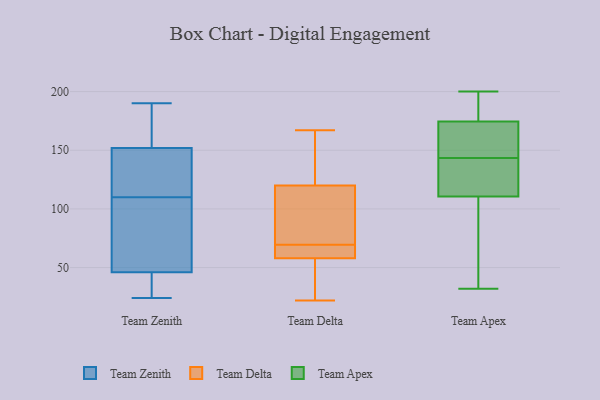
{"axis": {"x": "Net Income (USD K)", "y": "Value"}, "legend": ["Team Apex", "Team Delta", "Team Zenith"], "data": [{"x": "", "y": 26, "type": "Team Zenith"}, {"x": "", "y": 86, "type": "Team Zenith"}, {"x": "", "y": 181, "type": "Team Zenith"}, {"x": "", "y": 190, "type": "Team Zenith"}, {"x": "", "y": 26, "type": "Team Zenith"}, {"x": "", "y": 112, "type": "Team Zenith"}, {"x": "", "y": 158, "type": "Team Zenith"}, {"x": "", "y": 116, "type": "Team Zenith"}, {"x": "", "y": 127, "type": "Team Zenith"}, {"x": "", "y": 24, "type": "Team Zenith"}, {"x": "", "y": 51, "type": "Team Zenith"}, {"x": "", "y": 41, "type": "Team Zenith"}, {"x": "", "y": 146, "type": "Team Zenith"}, {"x": "", "y": 69, "type": "Team Zenith"}, {"x": "", "y": 35, "type": "Team Zenith"}, {"x": "", "y": 174, "type": "Team Zenith"}, {"x": "", "y": 135, "type": "Team Zenith"}, {"x": "", "y": 103, "type": "Team Zenith"}, {"x": "", "y": 108, "type": "Team Zenith"}, {"x": "", "y": 160, "type": "Team Zenith"}, {"x": "", "y": 71, "type": "Team Delta"}, {"x": "", "y": 103, "type": "Team Delta"}, {"x": "", "y": 120, "type": "Team Delta"}, {"x": "", "y": 22, "type": "Team Delta"}, {"x": "", "y": 38, "type": "Team Delta"}, {"x": "", "y": 162, "type": "Team Delta"}, {"x": "", "y": 67, "type": "Team Delta"}, {"x": "", "y": 167, "type": "Team Delta"}, {"x": "", "y": 58, "type": "Team Delta"}, {"x": "", "y": 68, "type": "Team Delta"}, {"x": "", "y": 90, "type": "Team Apex"}, {"x": "", "y": 126, "type": "Team Apex"}, {"x": "", "y": 180, "type": "Team Apex"}, {"x": "", "y": 169, "type": "Team Apex"}, {"x": "", "y": 200, "type": "Team Apex"}, {"x": "", "y": 32, "type": "Team Apex"}, {"x": "", "y": 161, "type": "Team Apex"}, {"x": "", "y": 105, "type": "Team Apex"}, {"x": "", "y": 181, "type": "Team Apex"}, {"x": "", "y": 161, "type": "Team Apex"}, {"x": "", "y": 116, "type": "Team Apex"}, {"x": "", "y": 126, "type": "Team Apex"}]}